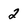
Character: 2